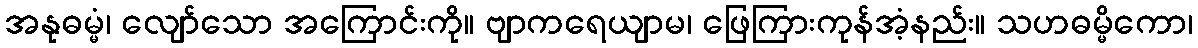
အနုဓမ္မံ၊ လျော်သော အကြောင်းကို။ ဗျာကရေယျာမ၊ ဖြေကြားကုန်အံ့နည်း။ သဟဓမ္မိကော၊